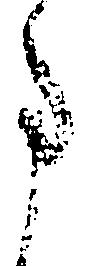
事